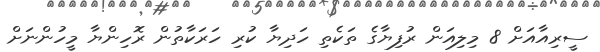
ސީރިއާއަށް 8 މިލިއަން ރުފިޔާގެ ތަކެތި ހަދިޔާ ކުރި ހަރަކާތުން ރޮހިންޔާ މީހުންނަށް